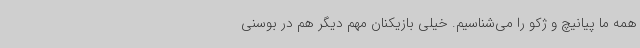
همه ما پیانیچ و ژکو را می‌شناسیم. خیلی بازیکنان مهم دیگر هم در بوسنی